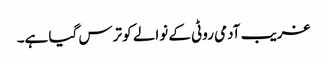
غریب آدمی روٹی کے نوالے کو ترس گیا ہے۔